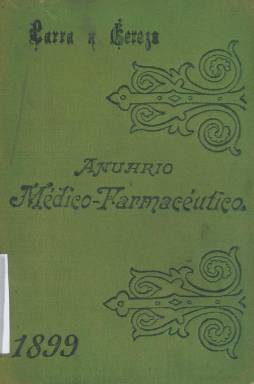
Título: Anuario médico-farmacéutico
Otros títulos: Anuario médico farmacéutico
Colección: Medicina || Anuarios e informes
Ámbito geográfico: Madrid
Lugar de publicación: Madrid
Fechas: 01/01/1899-31/12/1905